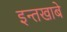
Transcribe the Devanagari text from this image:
इन्तखाबे